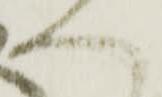
へ